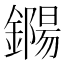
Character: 鐊